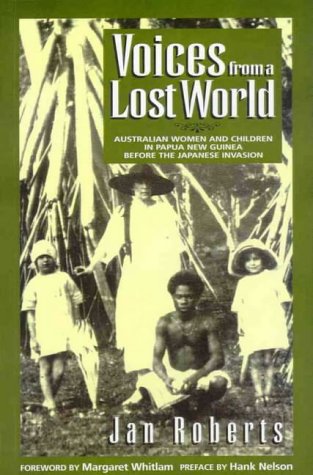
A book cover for Voices from a Lost World: Australian Women and Children in Papua New Guinea Before the Japanese Invasion (Australian historical fiction); Jan Roberts; History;